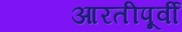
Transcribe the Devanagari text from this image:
आरतीपूर्वी